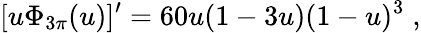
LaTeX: [u\Phi_{3\pi}(u)]^{\prime}=60u(1-3u)(1-u)^{3}\; ,